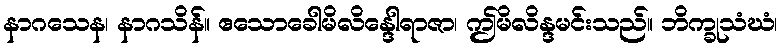
နာဂသေန၊ နာဂသိန်။ ဧသောခေါမိလိန္ဒေါရာဇာ၊ ဤမိလိန္ဒမင်းသည်။ ဘိက္ခုသံဃံ၊